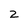
Character: 2